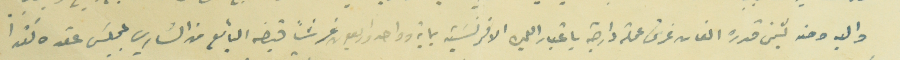
واليه ومنه بثمن قدره الفان غرش عملة دارجة باعتبار الليره الافرنسَية ماية وواحد واربعون غرشاً قبضه البائع من الشاري بمجلسَ عقده نقدا